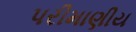
પરીમાણીય